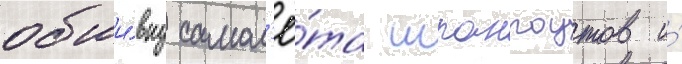
обши́вку самол'ё́та шпангоутов и́